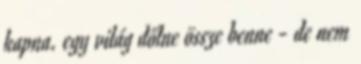
kapna. egy világ dőlne össze benne - de nem